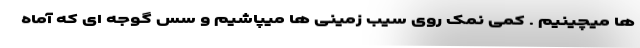
ها میچینیم . کمی نمک روی سیب زمینی ها میپاشیم و سس گوجه ای که آماه